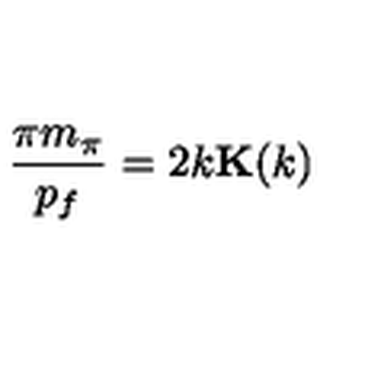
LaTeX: \frac { \pi m _ { \pi } } { p _ { f } } = 2 k { \bf K } ( k )